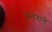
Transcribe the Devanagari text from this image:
चूनेवाले